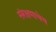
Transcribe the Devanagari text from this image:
संरक्षणाचेच